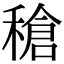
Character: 䅮